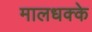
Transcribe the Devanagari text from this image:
मालधक्के